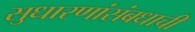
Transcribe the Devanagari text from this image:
सुधारणांसंबधाची